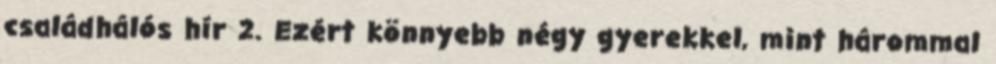
családhálós hír 2. Ezért könnyebb négy gyerekkel, mint hárommal